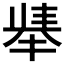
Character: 𫽛